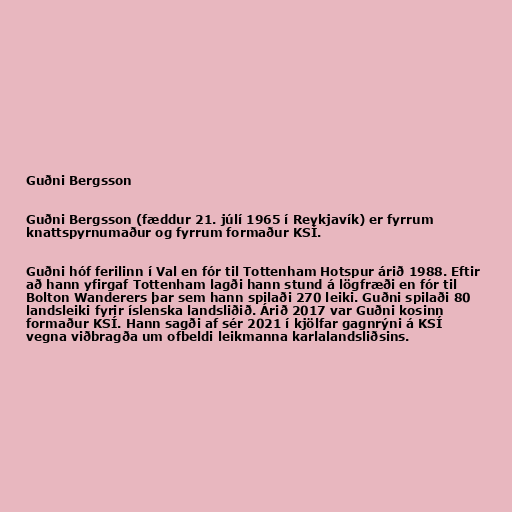
Guðni Bergsson

Guðni Bergsson (fæddur 21. júlí 1965 í Reykjavík) er fyrrum
knattspyrnumaður og fyrrum formaður KSÍ.

Guðni hóf ferilinn í Val en fór til Tottenham Hotspur árið 1988. Eftir
að hann yfirgaf Tottenham lagði hann stund á lögfræði en fór til
Bolton Wanderers þar sem hann spilaði 270 leiki. Guðni spilaði 80
landsleiki fyrir íslenska landsliðið. Árið 2017 var Guðni kosinn
formaður KSÍ. Hann sagði af sér 2021 í kjölfar gagnrýni á KSÍ
vegna viðbragða um ofbeldi leikmanna karlalandsliðsins.